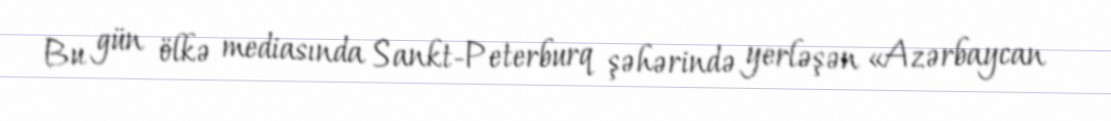
Bu gün ölkə mediasında Sankt-Peterburq şəhərində yerləşən «Azərbaycan